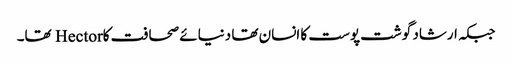
جبکہ ارشاد گوشت پوست کا انسان تھا دنیائے صحافت کاHector تھا۔